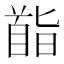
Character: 𮩡